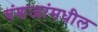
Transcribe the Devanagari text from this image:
वंशजांमधील